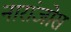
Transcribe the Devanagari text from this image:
नारांजोस